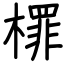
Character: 檌